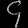
Digit: ၄